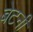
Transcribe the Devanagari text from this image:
बेटनी